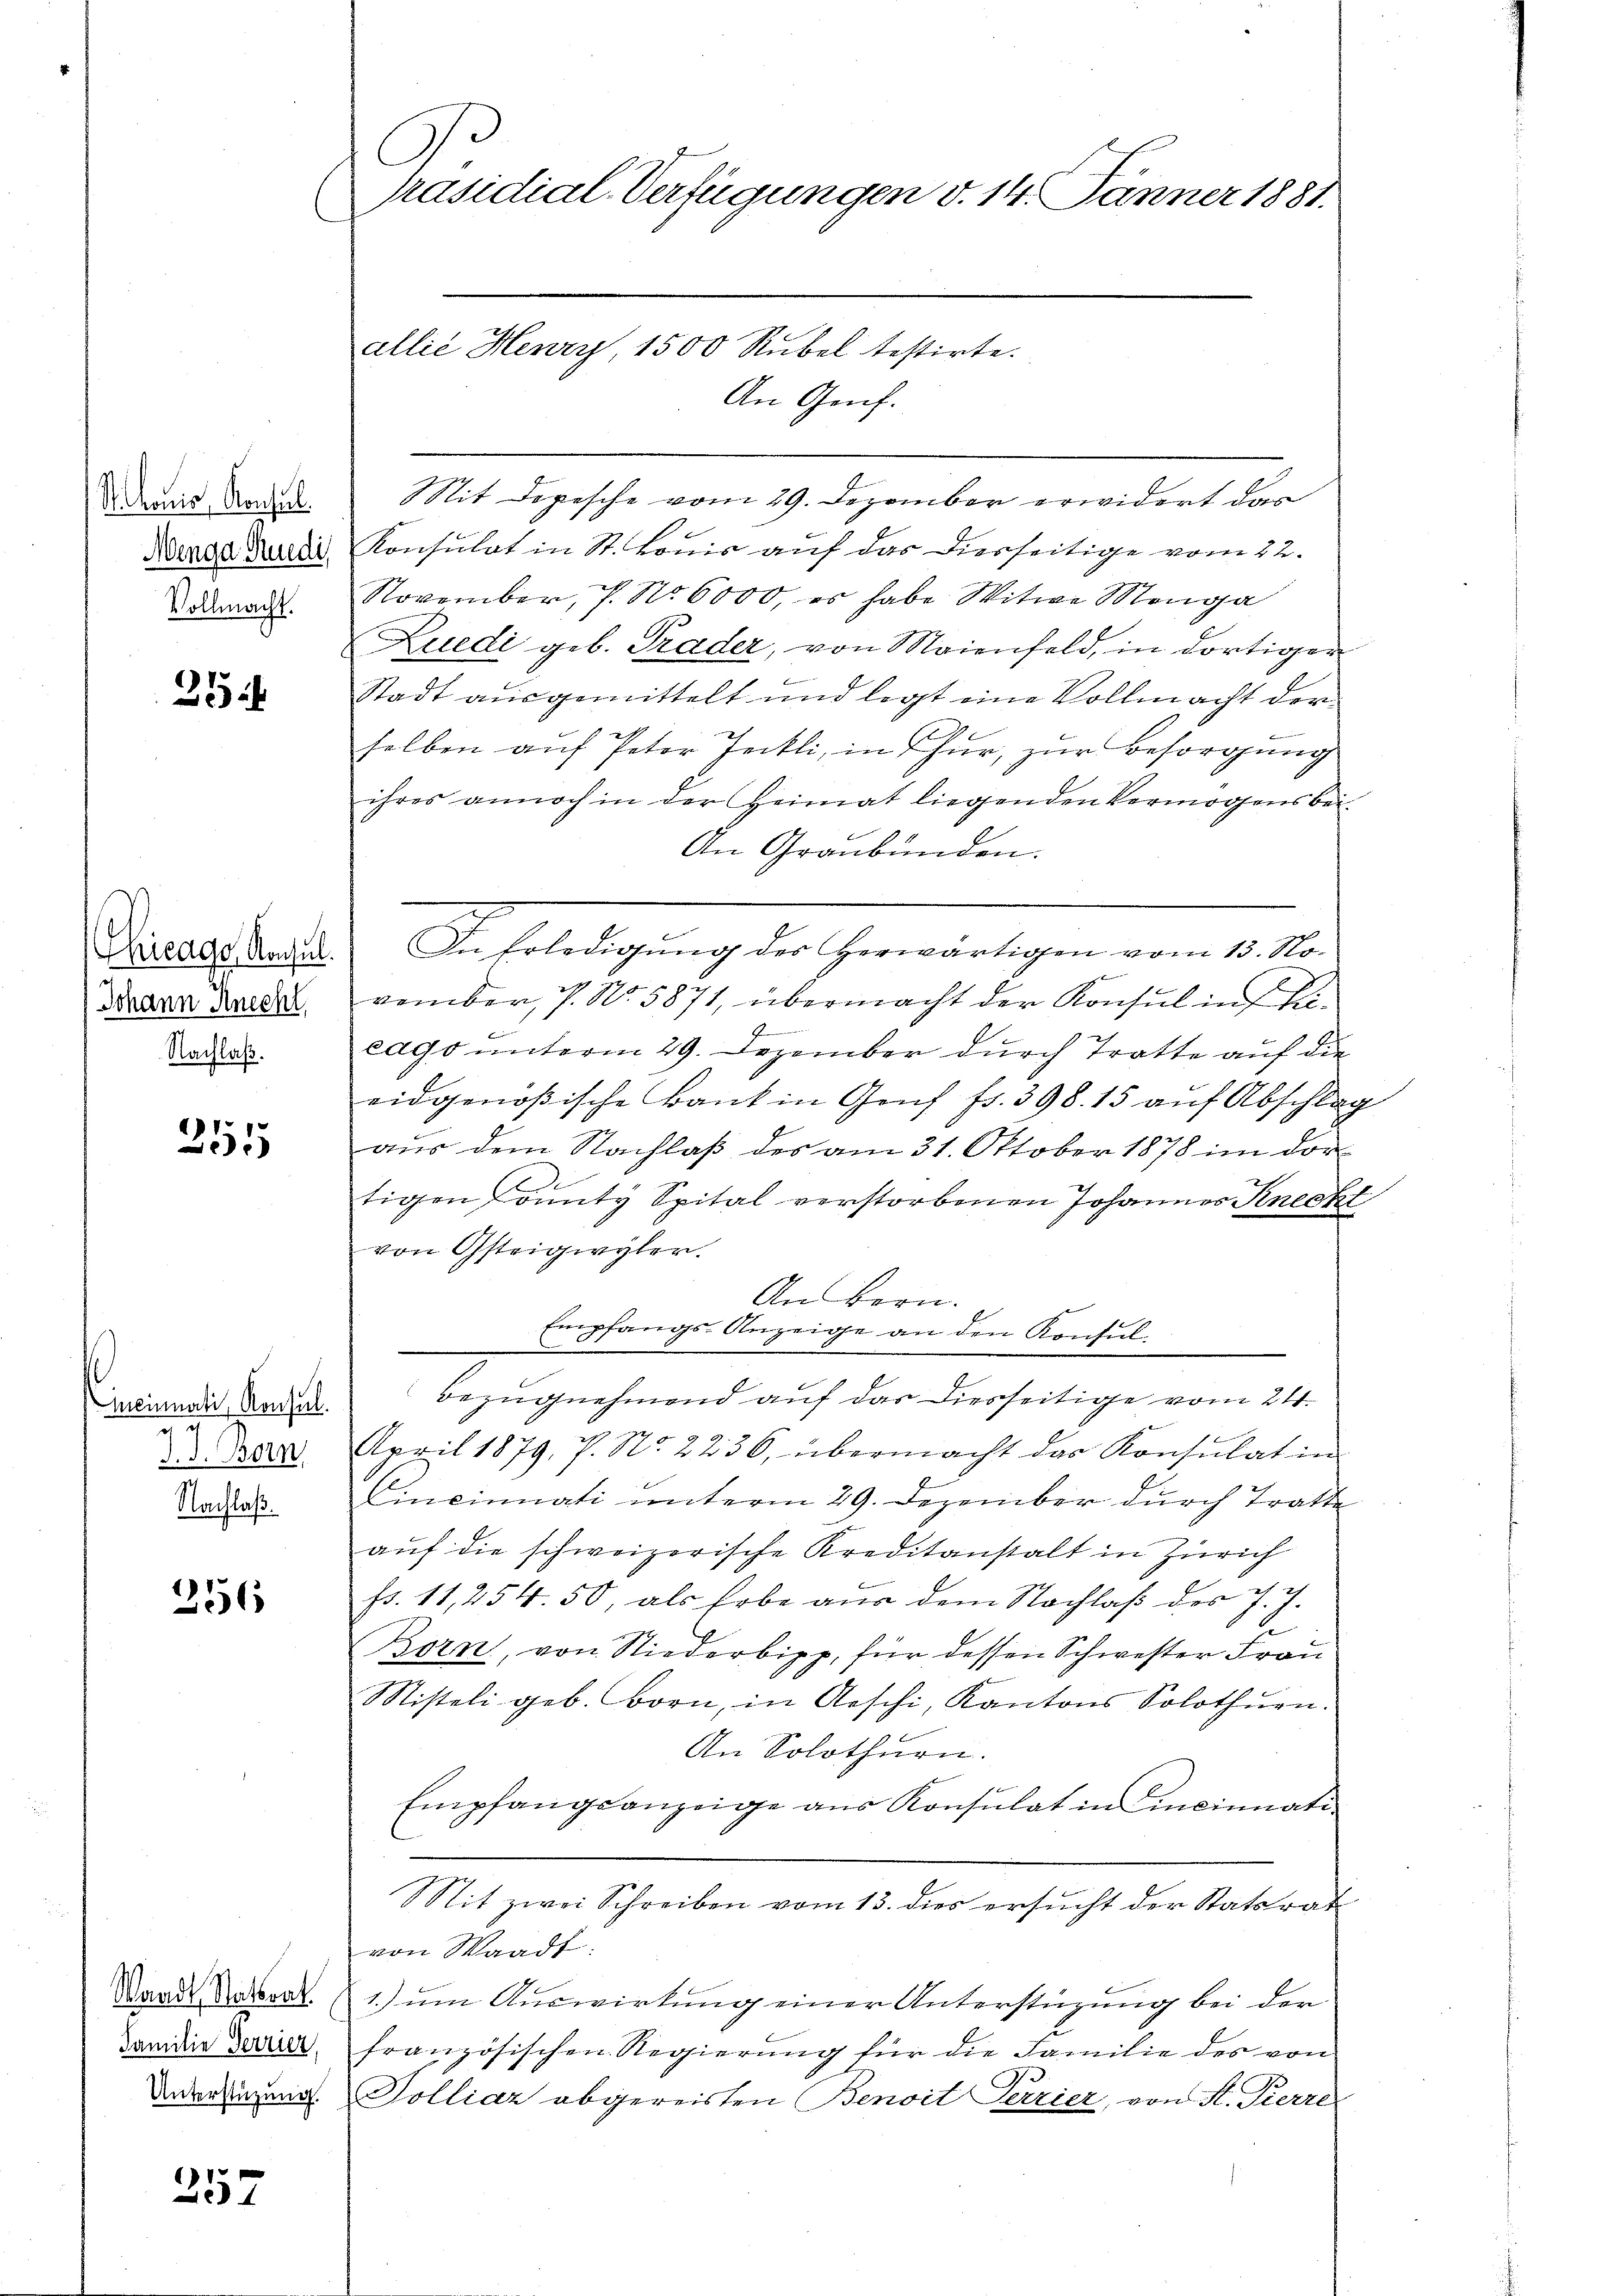
Stonis, Konsul
Menga Rüedi,
Vollmacht.

254

Chicago, Konsul
Johann Knecht,
Nachlaß.

255

Meinnati, Konsul
7
 . Born
Nachlaß¬

256

Waadt, Natrat
Familie Terrier,
Unterstützung.

357

l
präsidial-Verfügungen d. 14. Jänner 1881.

An Genf.
Sit Depesche vom 29. Dezember erwidert das
Konsulat in St. Lonis auf das Dierseitige vom 22.
November, 7. No 6000, es habe Witwe Monga
Zuedi geb. Prader, von Maienfeld, in dortiger
Stadt ausgemittelt und legt eine Vollmacht der
t
helben aŭf Peter Zeitli, in Thür, zŭr Besorgŭng
ihres annoch in der Heimat liegenden Vermögensbei-
An Graubünden.
In Erledigŭng des herwärtigen vom 13. November, P. No. 5871, übermacht der Konsul in diecago unterm 29. Dezember durch Tratte auf die
eidgenößische Bank in Genf fr. 398. 15 auf Abschlag
aus dem Nachlaß des am 31. Oktober 1878 im dor
tigen dunty Spital verstorbenen Johannes Knecht
von Gsteigwyler.
An Bern.
Empfangs-Anzeige an den Konsul
i
.
Bezugnehmend auf das diesseitige vom 24.
April 1879, 7. No. 2236, übermacht das Konsulatin
Cincinnati unterm 29. Dezember durch Tratte
auf die schweizerische Kreditanstalt in Zürich
fs. 11,254. 50, als Erbe aus dem Nachlaß des J. J.
2
Korn, von Niederbipp, für dessen Schwester Frau
Misteli geb. Born, in Aeschi, Kantons Solothŭrn.
An Solothurn.
Empfangsanzeige aŭs Konsulat in Cincinati
it zwei Schreiben vom 13. dies ersucht der Statsrat
von Waadt:
1.) um Auswirkung einer Unterstüzung bei der
französischen Regierŭng für die Familie des von
Polliar abgereisten Benoit Terrier, von St. Pierre

allie Henry 1500 Rubel testirte.